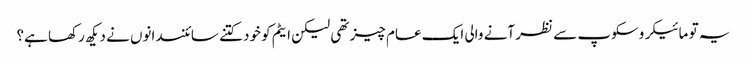
یہ تو مائیکروسکوپ سے نظر آنے والی ایک عام چیز تھی لیکن ایٹم کو خود کتنے سائنسدانوں نے دیکھ رکھا ہے؟